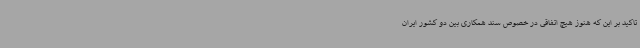
تاکید بر این که هنوز هیچ اتفاقی در خصوص سند همکاری بین دو کشور ایران